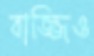
বাজ্জিও